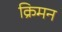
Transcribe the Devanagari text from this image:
क्रिमन